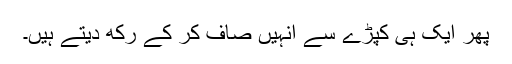
پھر ایک ہی کپڑے سے انہیں صاف کر کے رکھ دیتے ہیں۔